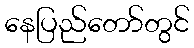
နေပြည်တော်တွင်